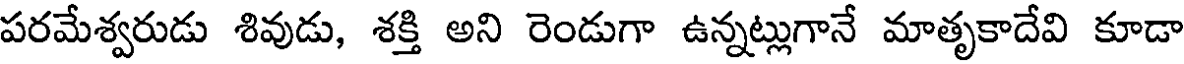
పరమేశ్వరుడు శివుడు, శక్తి అని రెండుగా ఉన్నట్లుగానే మాతృకాదేవి కూడా